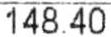
148.40